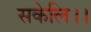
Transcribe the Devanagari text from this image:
सकेलि।।